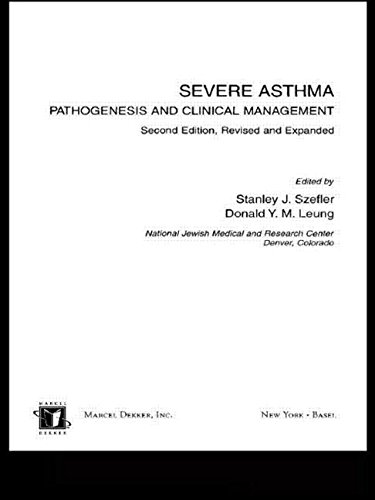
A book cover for Severe Asthma: Pathogenesis and Clinical Management (Lung Biology in Health and Disease); Health, Fitness & Dieting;